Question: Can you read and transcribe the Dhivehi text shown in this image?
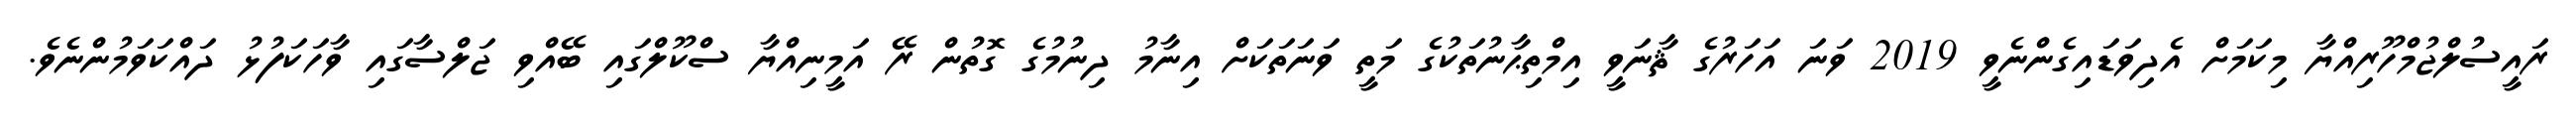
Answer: ރައީސުލްޖުމްހޫރިއްޔާ މިކަމަށް އެދިވަޑައިގެންނެވީ 2019 ވަނަ އަހަރުގެ ޘާނަވީ އިމްތިޙާނުތަކުގެ މަތީ ވަނަތަކަށް އިނާމު ދިނުމުގެ ގޮތުން ރޭ އަމީނިއްޔާ ސްކޫލްގައި ބޭއްވި ޖަލްސާގައި ވާހަކަފުޅު ދައްކަވަމުންނެވެ.